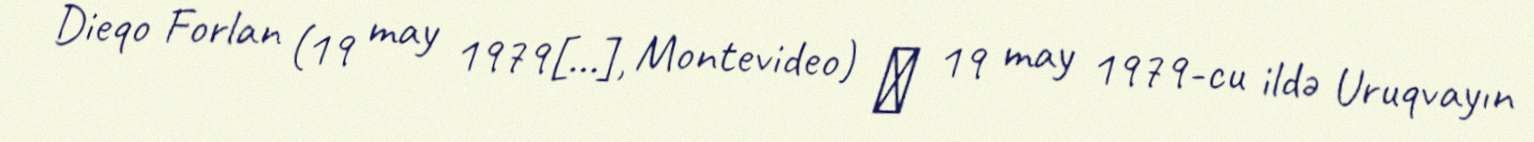
Dieqo Forlan (19 may 1979[…], Montevideo) ― 19 may 1979-cu ildə Uruqvayın